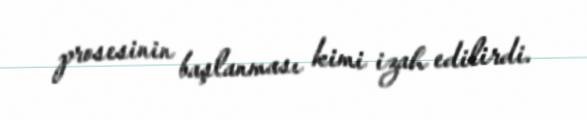
prosesinin başlanması kimi izah edilirdi.